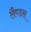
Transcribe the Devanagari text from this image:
लैण्डस